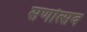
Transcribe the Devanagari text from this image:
सणोत्सव